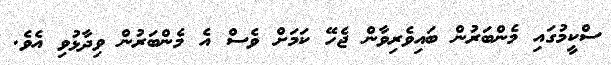
ސްކީމުގައި މެންބަރުން ބައިވެރިވާން ޖެހޭ ކަމަށް ވެސް އެ މެންބަރުން ވިދާޅުވި އެވެ.